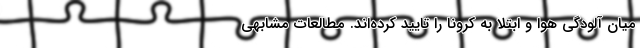
میان آلودگی هوا و ابتلا به کرونا را تایید کرده‌اند. مطالعات مشابهی